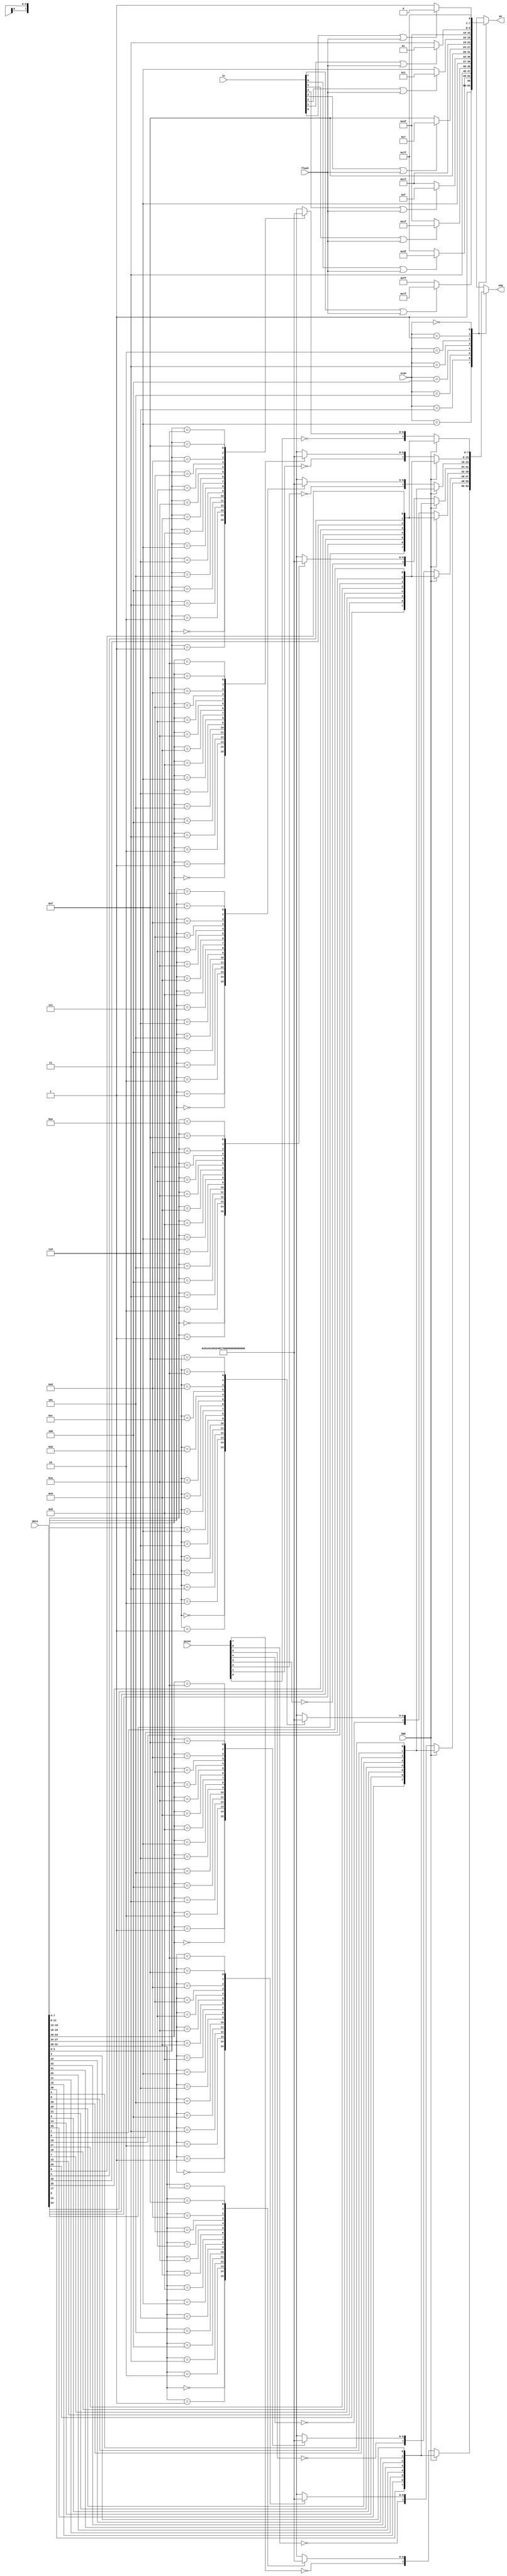
module Segment(input flash, SW0,
               input [31:0] data,
               input [7:0] le, point,
               input [2:0] scan,
               output reg [7:0] seg, an);

    wire [6:0] segments[15:0];
    assign segments[0]  = 7'b100_0000;
    assign segments[1]  = 7'b111_1001;
    assign segments[2]  = 7'b010_0100;
    assign segments[3]  = 7'b011_0000;
    assign segments[4]  = 7'b001_1001;
    assign segments[5]  = 7'b001_0010;
    assign segments[6]  = 7'b000_0010;
    assign segments[7]  = 7'b111_1000;
    assign segments[8]  = 7'b000_0000;
    assign segments[9]  = 7'b001_1000;
    assign segments[10] = 7'b000_1000;
    assign segments[11] = 7'b000_0011;
    assign segments[12] = 7'b100_0110;
    assign segments[13] = 7'b010_0001;
    assign segments[14] = 7'b000_0110;
    assign segments[15] = 7'b000_1110;
    
    reg [7:0] img;

    always @*  begin
        case (scan)
            3'b111: begin
                img = {data[30],data[15],data[11],data[23],data[31],data[22],data[10],data[3]};
                seg <= SW0? img: {~point[7], segments[data[31:28]]};
                an  <= le[7] | flash ? 8'b0111_1111 : 8'hff;
            end
            3'b110: begin
                img = {data[28],data[14],data[9],data[21],data[29],data[20],data[8],data[2]};
                seg <= SW0? img: {~point[6], segments[data[27:24]]};
                an  <= le[6] | flash ? 8'b1011_1111 : 8'hff;
            end
            3'b101: begin
                img = {data[26],data[13],data[7],data[19],data[27],data[18],data[6],data[1]};
                seg <= SW0? img: {~point[5], segments[data[23:20]]};
                an  <= le[5] | flash ? 8'b1101_1111 : 8'hff;
            end
            3'b100: begin
                img = {data[24],data[12],data[5],data[17],data[25],data[16],data[4],data[0]};
                seg <= SW0? img: {~point[4], segments[data[19:16]]};
                an  <= le[4] | flash ? 8'b1110_1111 : 8'hff;
            end
            3'b011: begin
                img = {data[30],data[15],data[11],data[23],data[31],data[22],data[10],data[3]};                
                seg <= SW0? img: {~point[3], segments[data[15:12]]};
                an  <= le[3] | flash ? 8'b1111_0111 : 8'hff;
            end
            3'b010: begin
                img = {data[28],data[14],data[9],data[21],data[29],data[20],data[8],data[2]};                
                seg <= SW0? img: {~point[2], segments[data[11:8]]};
                an  <= le[2] | flash ? 8'b1111_1011 : 8'hff;
            end
            3'b001: begin
                img = {data[26],data[13],data[7],data[19],data[27],data[18],data[6],data[1]};                
                seg <= SW0? img: {~point[1], segments[data[7:4]]};
                an  <= le[1] | flash ? 8'b1111_1101 : 8'hff;
            end
            3'b000: begin
                img = {data[24],data[12],data[5],data[17],data[25],data[16],data[4],data[0]};                
                seg <= SW0? img: {~point[0], segments[data[3:0]]};
                an  <= le[0] | flash ? 8'b1111_1110 : 8'hff;
            end
        endcase
    end
    
endmodule // Segment